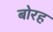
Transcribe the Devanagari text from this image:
बोरह